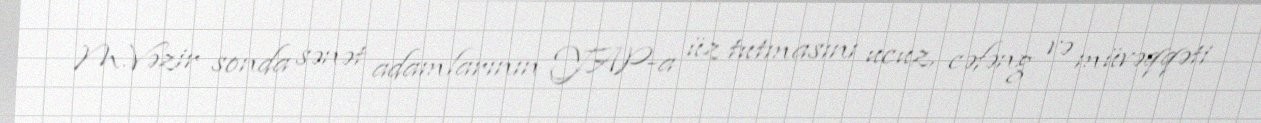
M.Vəzir sonda sənət adamlarının YAP-a üz tutmasını ucuz, cəfəng və müvəqqəti